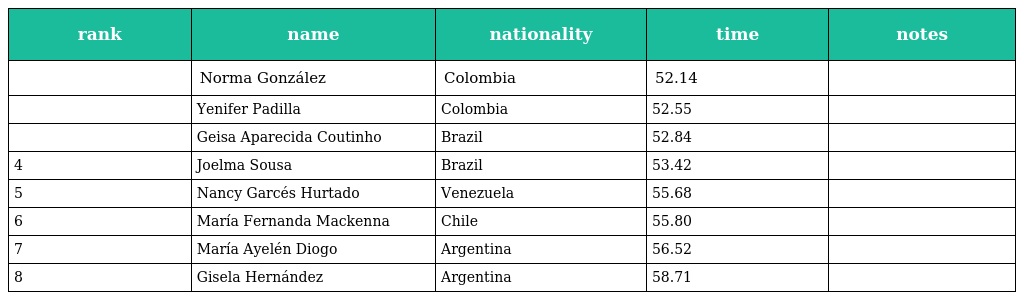
| rank | name | nationality | time | notes |
 | --- | --- | --- | --- | --- |
 |  | Norma González | Colombia | 52.14 |  |
 |  | Yenifer Padilla | Colombia | 52.55 |  |
 |  | Geisa Aparecida Coutinho | Brazil | 52.84 |  |
 | 4 | Joelma Sousa | Brazil | 53.42 |  |
 | 5 | Nancy Garcés Hurtado | Venezuela | 55.68 |  |
 | 6 | María Fernanda Mackenna | Chile | 55.80 |  |
 | 7 | María Ayelén Diogo | Argentina | 56.52 |  |
 | 8 | Gisela Hernández | Argentina | 58.71 |  |